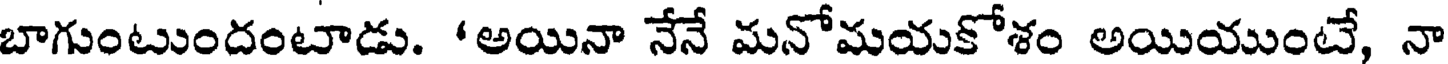
బాగుంటుందంటాడు. 'అయినా నేనే మనోమయకోశం అయియుంటే, నా